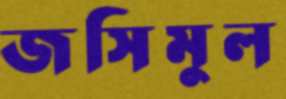
জসিমুল